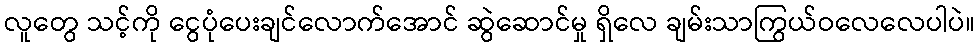
လူတွေ သင့်ကို ငွေပုံပေးချင်လောက်အောင် ဆွဲဆောင်မှု ရှိလေ ချမ်းသာကြွယ်ဝလေလေပါပဲ။